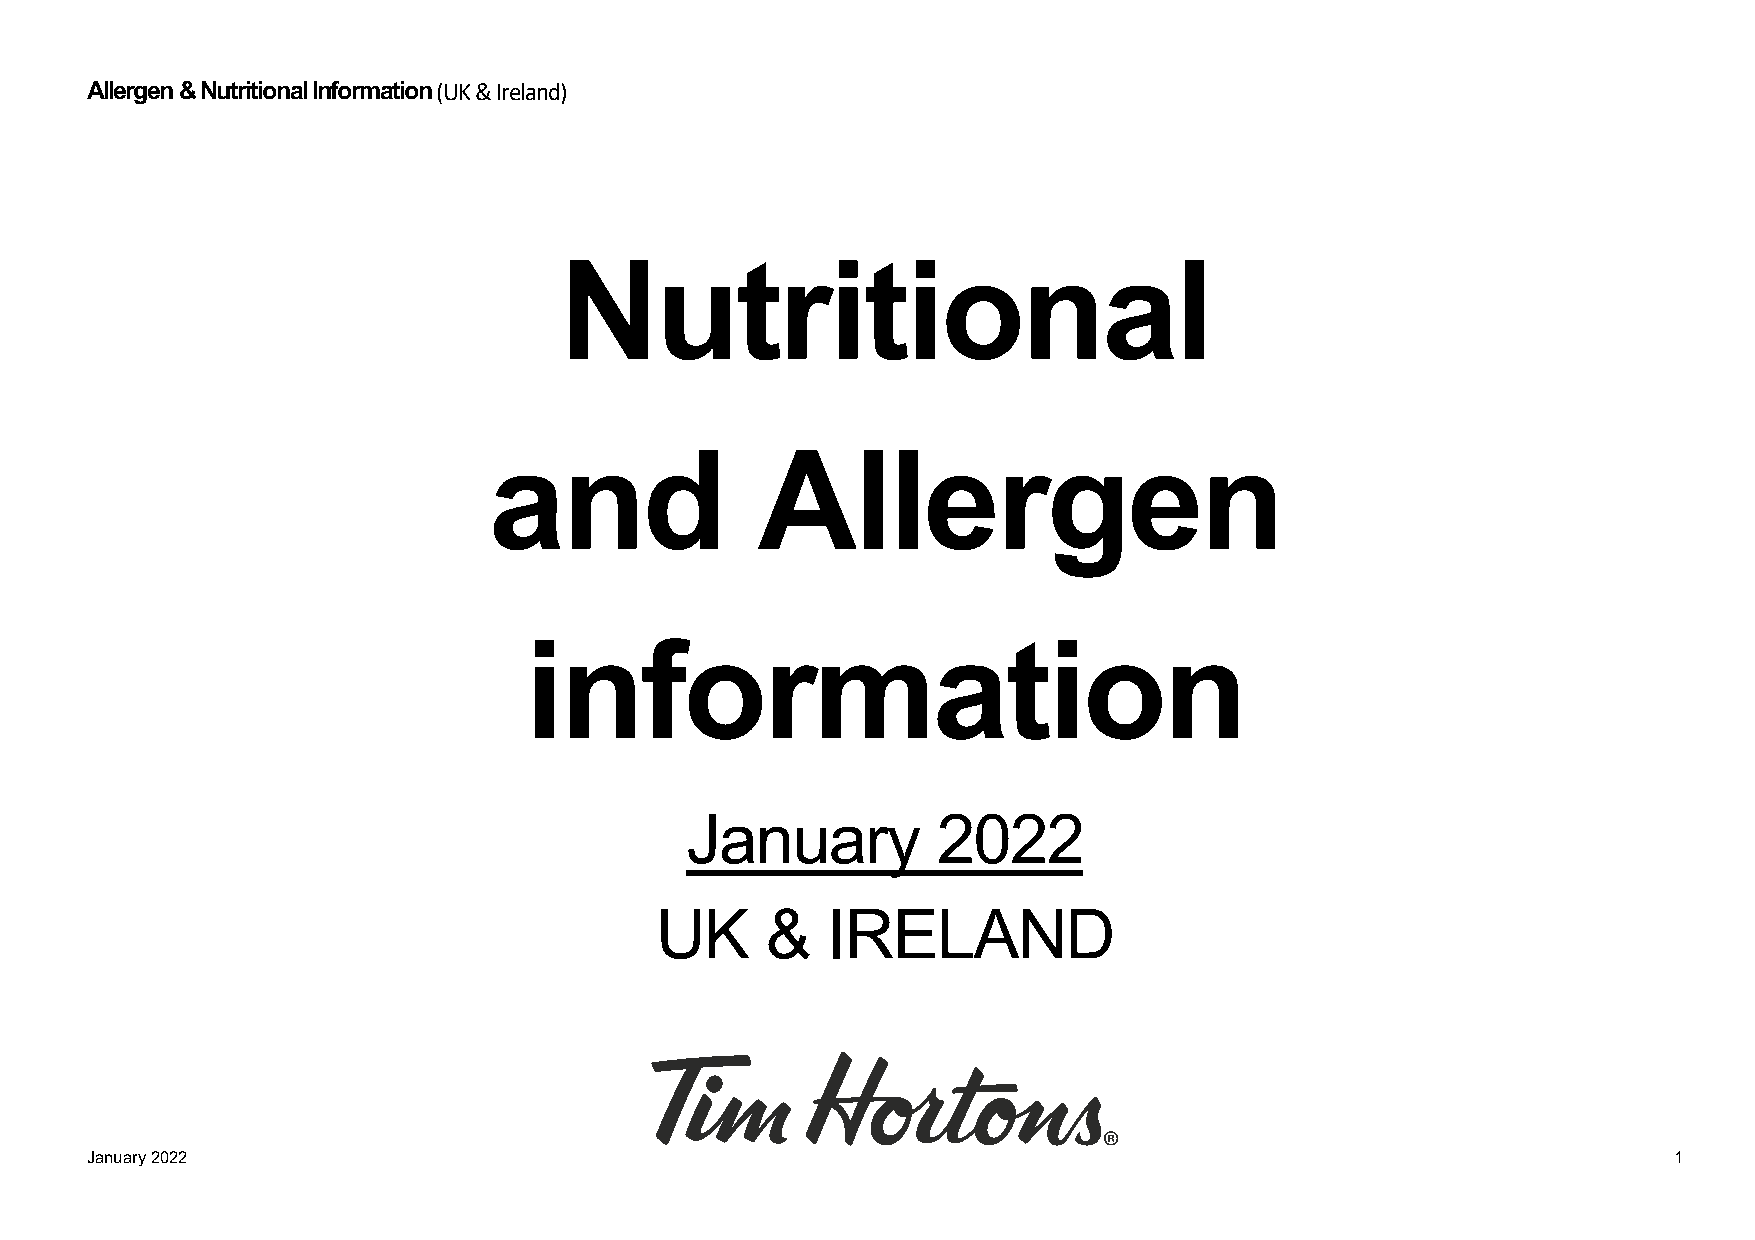
Allergen & Nutritional Information (UK & Ireland)
 Nutritional
 and               Allergen
 information
 January          2022
 UK      &   IRELAND
 January 2022                                                                                             1